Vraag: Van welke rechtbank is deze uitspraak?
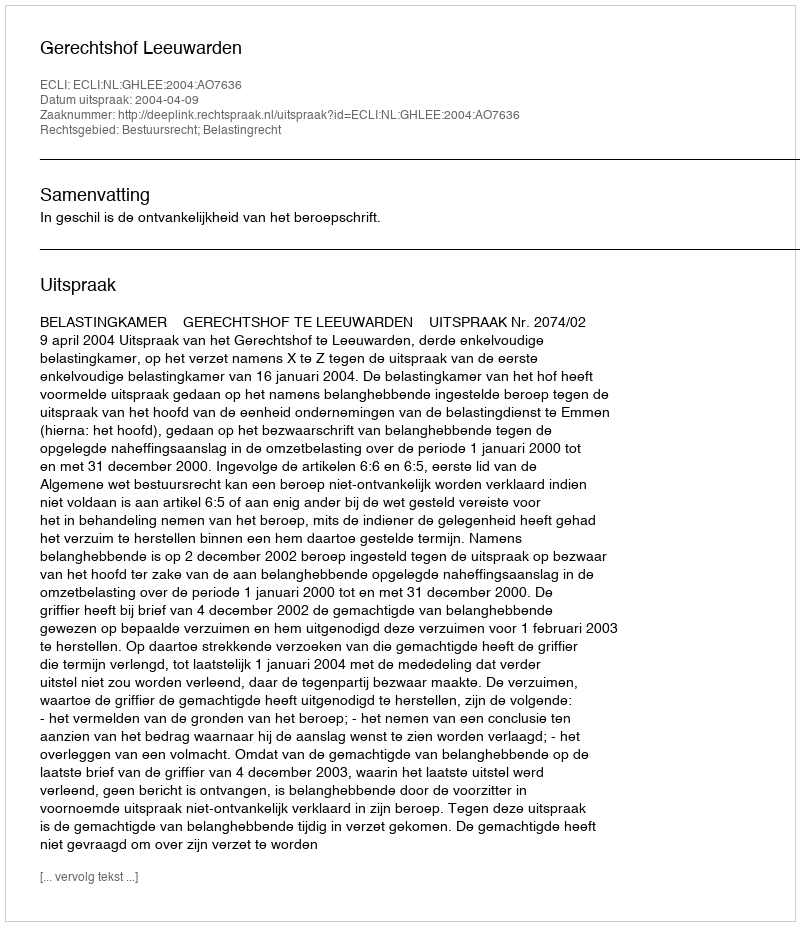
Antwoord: Gerechtshof Leeuwarden